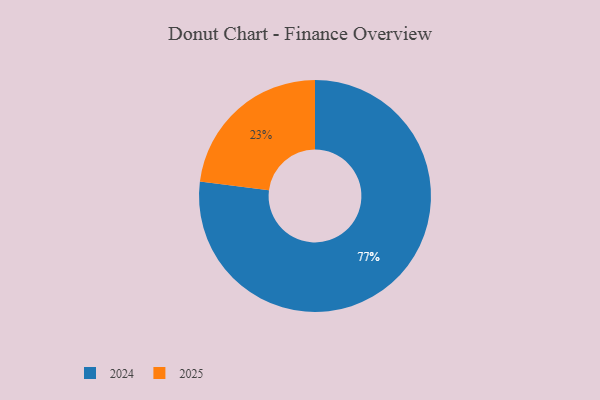
{"axis": {"x": "Category", "y": "Percentage"}, "legend": ["2024", "2025"], "data": [{"x": "2025", "y": 23, "type": "2025"}, {"x": "2024", "y": 77, "type": "2024"}]}